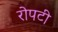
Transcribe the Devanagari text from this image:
रोपटी